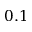
0 . 1